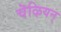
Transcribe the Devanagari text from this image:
चॆऴियन्